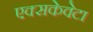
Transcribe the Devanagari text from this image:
एक्सकेवेटा